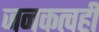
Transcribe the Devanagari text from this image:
जनकत्वही